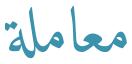
معاملة